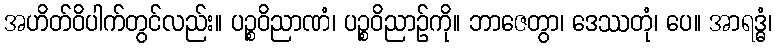
အဟိတ်ဝိပါက်တွင်လည်း။ ပဉ္စဝိညာဏံ၊ ပဉ္စဝိညာဉ်ကို။ ဘာဇေတွာ၊ ဒေဿတုံ၊ ပေ။ အာရဒ္ဓံ၊